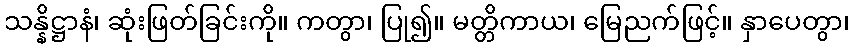
သန္နိဋ္ဌာနံ၊ ဆုံးဖြတ်ခြင်းကို။ ကတွာ၊ ပြု၍။ မတ္တိကာယ၊ မြေညက်ဖြင့်။ နှာပေတွာ၊